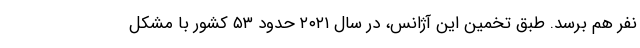
نفر هم برسد. طبق تخمین این آژانس، در سال ۲۰۲۱ حدود ۵۳ کشور با مشکل